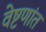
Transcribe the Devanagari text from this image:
वेष्टणांत